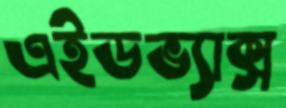
এইডভ্যাক্স